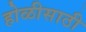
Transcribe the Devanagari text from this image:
होळीसाठी